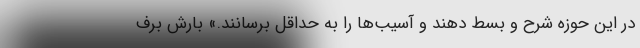
در این حوزه شرح و بسط دهند و آسیب‌ها را به حداقل برسانند.» بارش برف